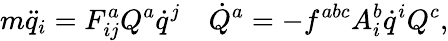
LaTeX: m\ddot{q}_{i}=F_{ij}^{a}Q^{a}\dot{q}^{j}\quad\dot{Q}^{a}=-f^{abc}A_{i}^{b}\dot{q}^{i}Q^{c},